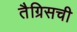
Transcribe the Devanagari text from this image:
तैग्रिसची